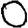
Digit: 0